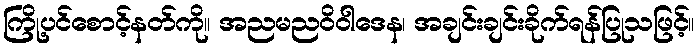
ကြို့ပင်စောင့်နတ်ကို။ အညမညဝိဝါဒေန၊ အချင်းချင်းခိုက်ရန်ပြုသဖြင့်။